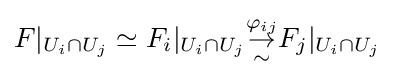
F|_{U_{i}\cap U_{j}}\simeq F_{i}|_{U_{i}\cap U_{j}}{\overset {\varphi _{ij}}{\underset {\sim }{\to }}}F_{j}|_{U_{i}\cap U_{j}}